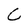
Character: C